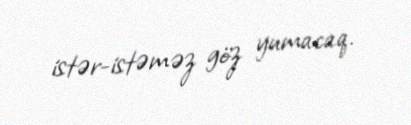
istər-istəməz göz yumacaq.